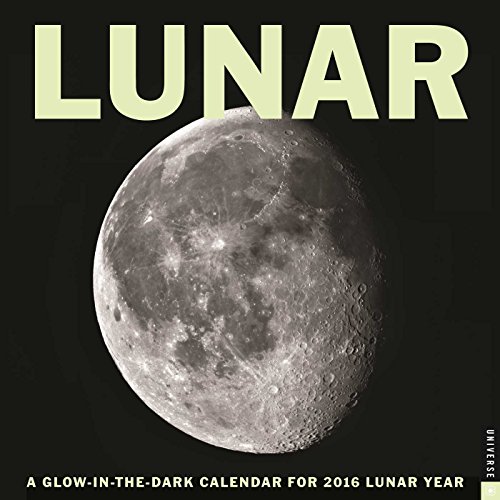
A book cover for Lunar 2016 Wall Calendar: A Glow-in-the-Dark Calendar for the Lunar Year; Universe Publishing; Science & Math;